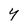
Character: 4